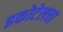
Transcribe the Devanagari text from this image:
इकोटेलचा